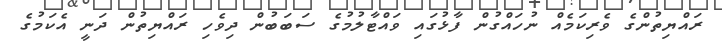
ރައްޔިތުންގެ ވެރިކަމެއް ނުހައްގުން ފާޅުގައި ވައްޓާލުމުގެ ސަބަބުން ދިވެހި ރައްޔިތުން ދަނީ އެކަމުގެ